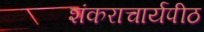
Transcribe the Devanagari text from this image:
शंकराचार्यपीठ